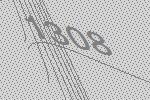
1308